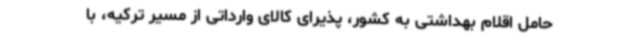
حامل اقلام بهداشتی به کشور، پذیرای کالای وارداتی از مسیر ترکیه، با